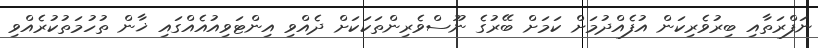
ނަފްރަތާއި ބިރުވެރިކަން އުފެއްދުމަށް ކަމަށް ބޭރުގެ ނޫސްވެރިންތަކަކަށް ދެއްވި އިންޓަވިއުއެއްގައި ޚާން ތުހުމަތުކުރެއްވި